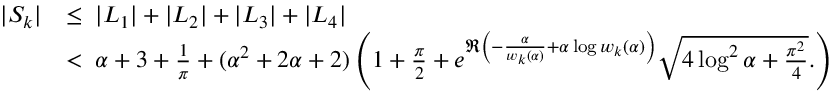
\begin{array} { r l } { | S _ { k } | } & { \le \; | L _ { 1 } | + | L _ { 2 } | + | L _ { 3 } | + | L _ { 4 } | } \\ & { < \; \alpha + 3 + \frac { 1 } { \pi } + ( \alpha ^ { 2 } + 2 \alpha + 2 ) \left( 1 + \frac { \pi } { 2 } + e ^ { \Re \left( - \frac { \alpha } { w _ { k } ( \alpha ) } + \alpha \log w _ { k } ( \alpha ) \right) } \sqrt { 4 \log ^ { 2 } \alpha + \frac { \pi ^ { 2 } } { 4 } } . \right) } \end{array}